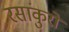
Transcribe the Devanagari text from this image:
रसांकुरों